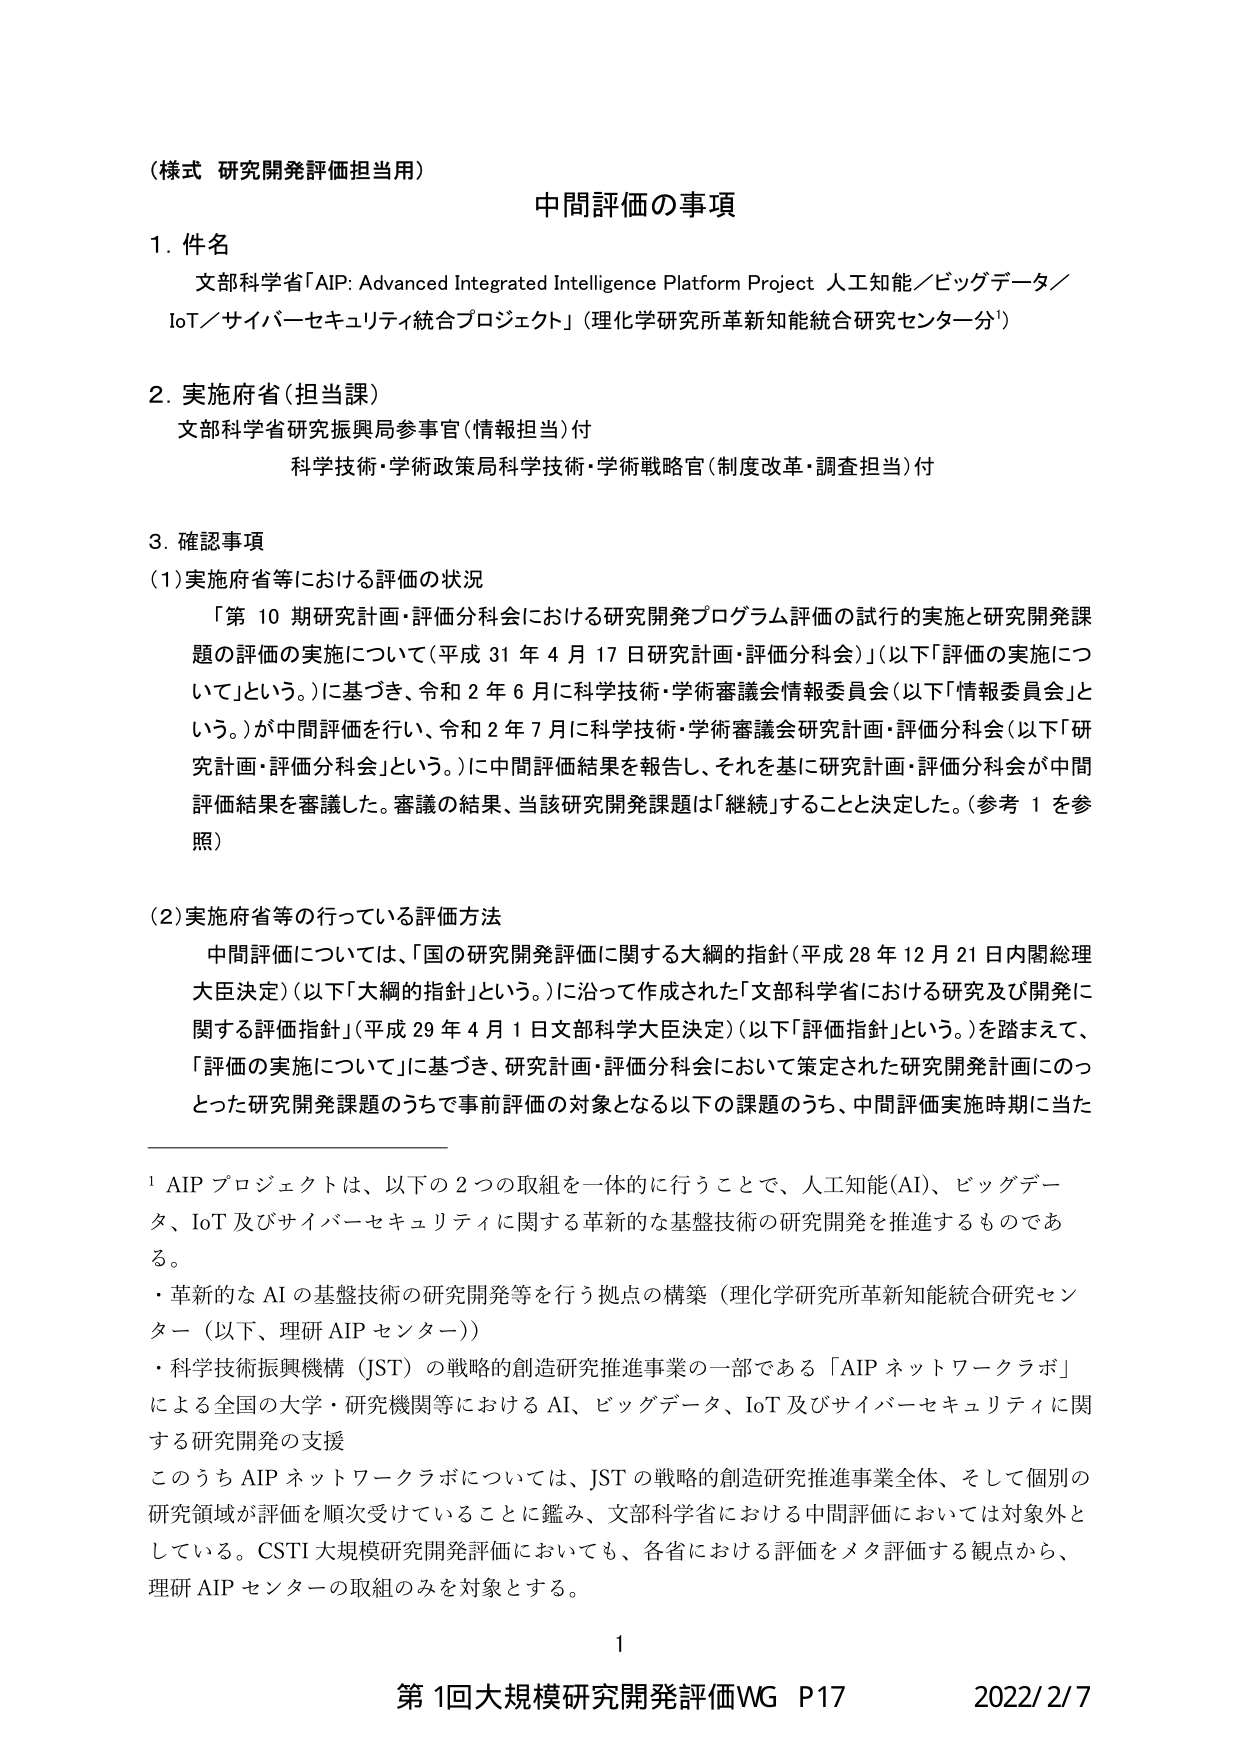
（様式 研究開発評価担当用）

中間評価の事項

1. 件名
文部科学省「AIP: Advanced Integrated Intelligence Platform Project 人工知能／ビッグデータ／IoT／サイバーセキュリティ統合プロジェクト」（理化学研究所革新知能統合研究センター分¹）

2. 実施府省（担当課）
文部科学省研究振興局参事官（情報担当）付
科学技術・学術政策局科学技術・学術戦略官（制度改革・調査担当）付

3. 確認事項
（1）実施府省等における評価の状況
「第10期研究計画・評価分科会における研究開発プログラム評価の試行的実施と研究開発課題の評価の実施について（平成31年4月17日研究計画・評価分科会）」（以下「評価の実施について」という。）に基づき、令和2年6月に科学技術・学術審議会情報委員会（以下「情報委員会」という。）が中間評価を行い、令和2年7月に科学技術・学術審議会研究計画・評価分科会（以下「研究計画・評価分科会」という。）に中間評価結果を報告し、それを基に研究計画・評価分科会が中間評価結果を審議した。審議の結果、当該研究開発課題は「継続」することと決定した。（参考1を参照）

（2）実施府省等の行っている評価方法
中間評価については、「国の研究開発評価に関する大綱的指針（平成28年12月21日内閣総理大臣決定）」（以下「大綱的指針」という。）に沿って作成された「文部科学省における研究及び開発に関する評価指針」（平成29年4月1日文部科学大臣決定）（以下「評価指針」という。）を踏まえて、「評価の実施について」に基づき、研究計画・評価分科会において策定された研究開発計画にのっとった研究開発課題のうちで事前評価の対象となる以下の課題のうち、中間評価実施時期に当た

¹ AIPプロジェクトは、以下の2つの取組を一体的に行うことで、人工知能（AI）、ビッグデータ、IoT及びサイバーセキュリティに関する革新的な基盤技術の研究開発を推進するものである。
・革新的なAIの基盤技術の研究開発等を行う拠点の構築（理化学研究所革新知能統合研究センター（以下、理研AIPセンター））
・科学技術振興機構（JST）の戦略的創造研究推進事業の一部である「AIPネットワークラボ」による全国の大学・研究機関等におけるAI、ビッグデータ、IoT及びサイバーセキュリティに関する研究開発の支援
このうちAIPネットワークラボについては、JSTの戦略的創造研究推進事業全体、そして個別の研究領域が評価を順次受けていることに鑑み、文部科学省における中間評価においては対象外としている。CSTI大規模研究開発評価においても、各省における評価をメタ評価する観点から、理研AIPセンターの取組のみを対象とする。

1
第1回大規模研究開発評価WG P17 2022/2/7